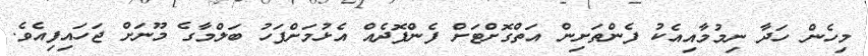
މިހެން ހަދާ ނިމުމާއިއެކު ފެންތަށިން އަތްގޮށްޓަށް ފެންފޮދެއް އެޅުމަށްފަހު ބަލްމާގެ މޫނަށް ޖަހައިފިއެވެ.